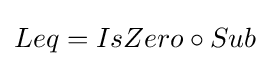
Leq=IsZero\circ Sub